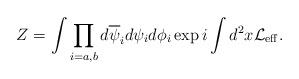
LaTeX: \begin{align*}Z = \int \prod_{i=a,b}d\overline{\psi}_i d\psi_i d\phi_i\exp i\int d^2x{\cal L_{\rm eff}}.\end{align*}